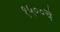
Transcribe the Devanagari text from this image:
१५००चे